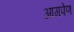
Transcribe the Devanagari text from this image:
आगपेण